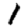
Digit: 1